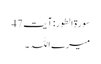
سورۃ الطور: آیت 47
میرے اللہ ۔